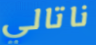
ناتالي